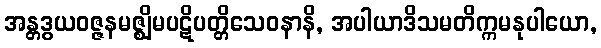
အန္တဒွယဝဇ္ဇနမဇ္ဈိမပဋိပတ္တိသေဝနာနိ, အပါယာဒိသမတိက္ကမနုပါယော,